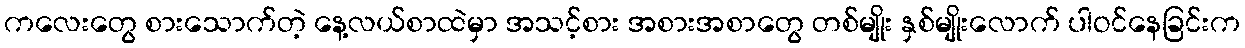
ကလေးတွေ စားသောက်တဲ့ နေ့လယ်စာထဲမှာ အသင့်စား အစားအစာတွေ တစ်မျိုး နှစ်မျိုးလောက် ပါဝင်နေခြင်းက